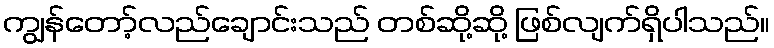
ကျွန်တော့်လည်ချောင်းသည် တစ်ဆို့ဆို့ ဖြစ်လျက်ရှိပါသည်။